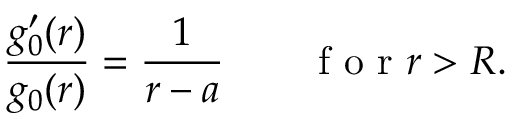
\frac { g _ { 0 } ^ { \prime } ( r ) } { g _ { 0 } ( r ) } = \frac { 1 } { r - a } \qquad \mathrm { ~ f ~ o ~ r ~ } r > R .